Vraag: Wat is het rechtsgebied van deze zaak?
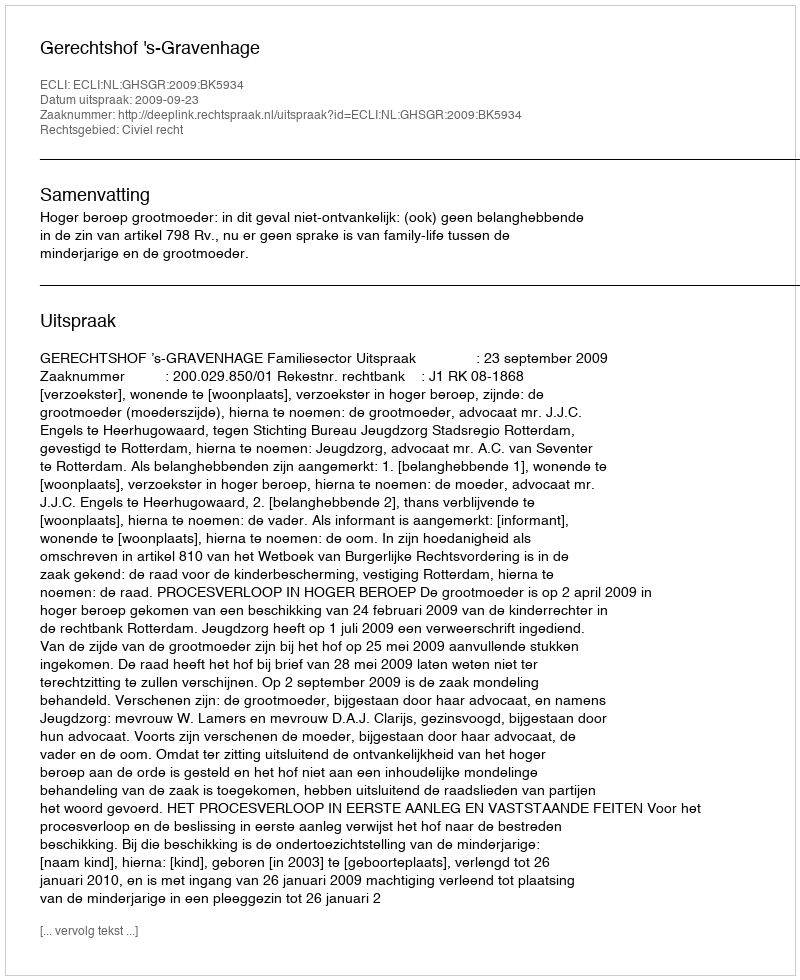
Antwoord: Civiel recht